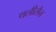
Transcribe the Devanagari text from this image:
थलीसैन